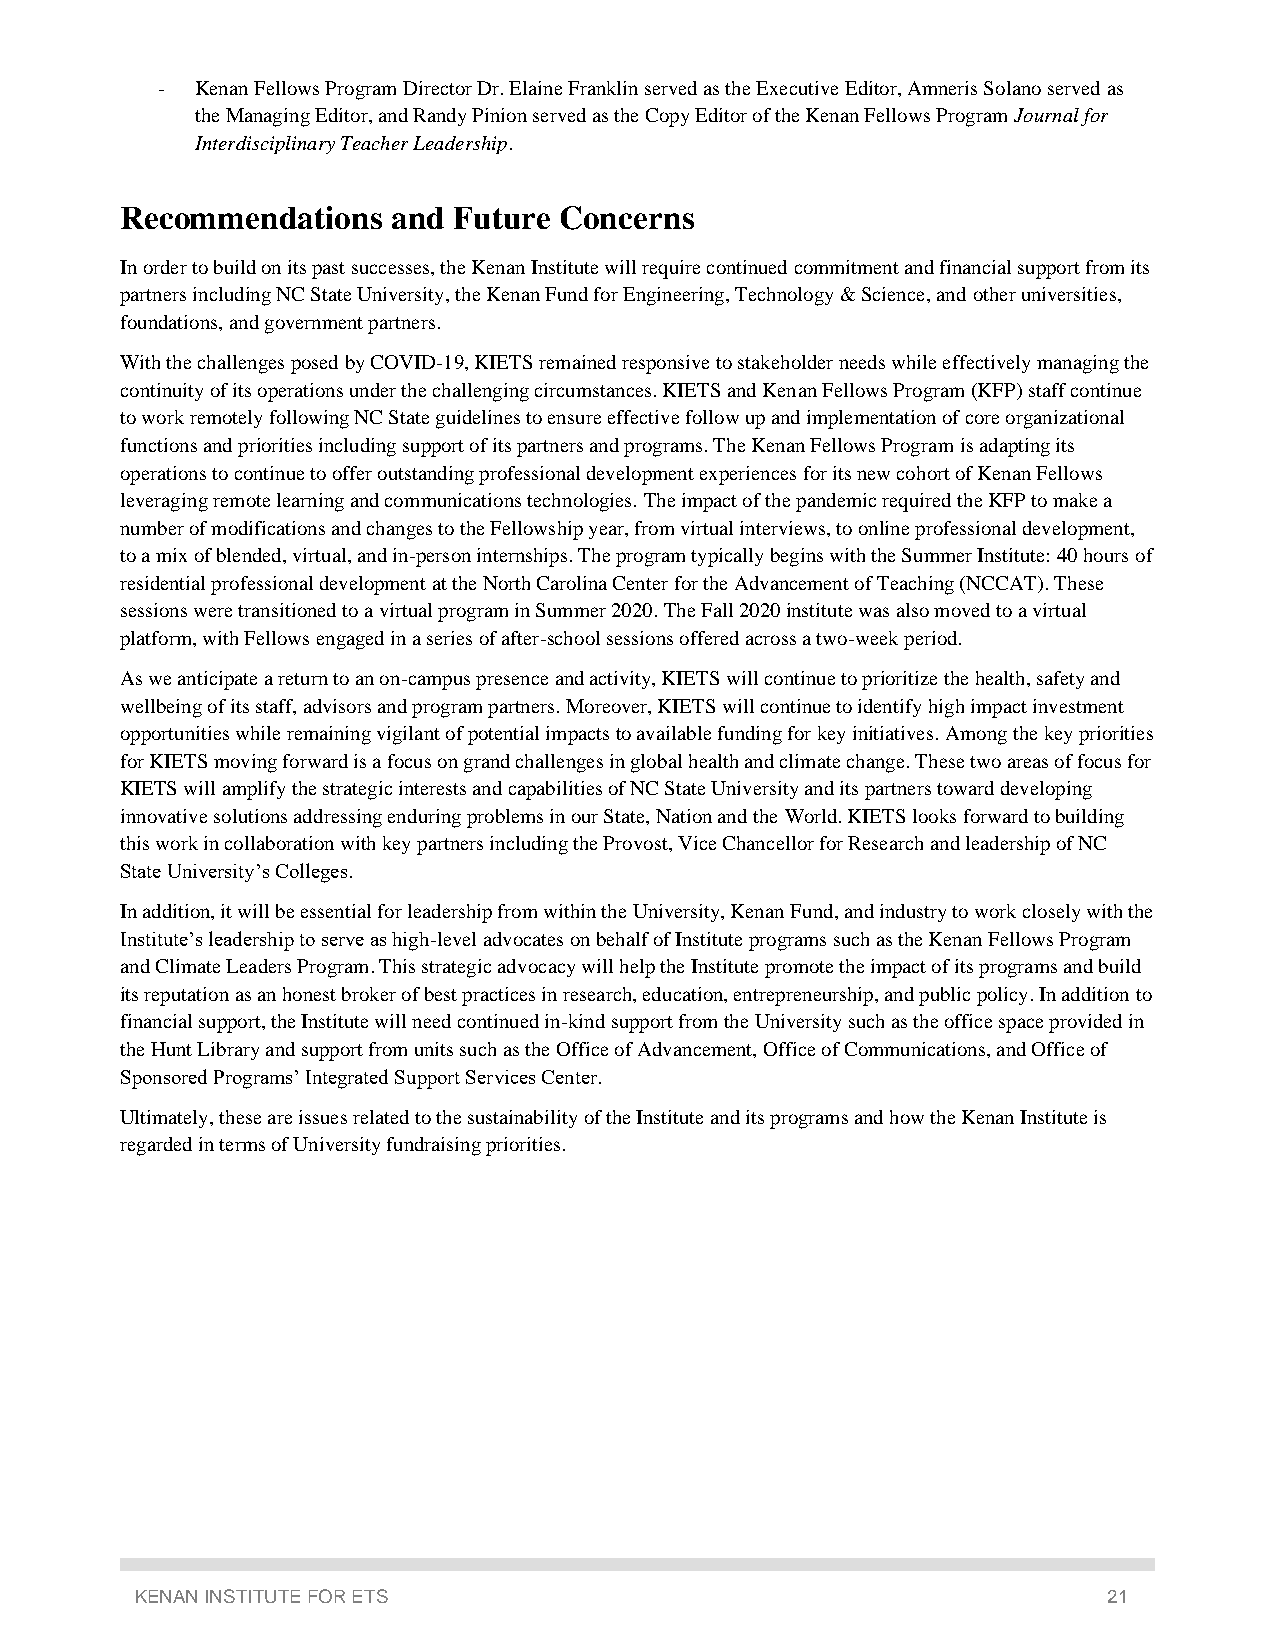
-  Kenan Fellows Program Director Dr. Elaine Franklin served as the Executive Editor, Amneris Solano served as
 the Managing Editor, and Randy Pinion served as the Copy Editor of the Kenan Fellows Program Journal for
 Interdisciplinary Teacher Leadership.
 Recommendations   and Future Concerns
 In order to build on its past successes, the Kenan Institute will require continued commitment and financial support from its
 partners including NC State University, the Kenan Fund for Engineering, Technology & Science, and other universities,
 foundations, and government partners.
 With the challenges posed by COVID-19, KIETS remained responsive to stakeholder needs while effectively managing the
 continuity of its operations under the challenging circumstances. KIETS and Kenan Fellows Program (KFP) staff continue
 to work remotely following NC State guidelines to ensure effective follow up and implementation of core organizational
 functions and priorities including support of its partners and programs. The Kenan Fellows Program is adapting its
 operations to continue to offer outstanding professional development experiences for its new cohort of Kenan Fellows
 leveraging remote learning and communications technologies. The impact of the pandemic required the KFP to make a
 number of modifications and changes to the Fellowship year, from virtual interviews, to online professional development,
 to a mix of blended, virtual, and in-person internships. The program typically begins with the Summer Institute: 40 hours of
 residential professional development at the North Carolina Center for the Advancement of Teaching (NCCAT). These
 sessions were transitioned to a virtual program in Summer 2020. The Fall 2020 institute was also moved to a virtual
 platform, with Fellows engaged in a series of after-school sessions offered across a two-week period.
 As we anticipate a return to an on-campus presence and activity, KIETS will continue to prioritize the health, safety and
 wellbeing of its staff, advisors and program partners. Moreover, KIETS will continue to identify high impact investment
 opportunities while remaining vigilant of potential impacts to available funding for key initiatives. Among the key priorities
 for KIETS moving forward is a focus on grand challenges in global health and climate change. These two areas of focus for
 KIETS will amplify the strategic interests and capabilities of NC State University and its partners toward developing
 innovative solutions addressing enduring problems in our State, Nation and the World. KIETS looks forward to building
 this work in collaboration with key partners including the Provost, Vice Chancellor for Research and leadership of NC
 State University’s Colleges.
 In addition, it will be essential for leadership from within the University, Kenan Fund, and industry to work closely with the
 Institute’s leadership to serve as high-level advocates on behalf of Institute programs such as the Kenan Fellows Program
 and Climate Leaders Program. This strategic advocacy will help the Institute promote the impact of its programs and build
 its reputation as an honest broker of best practices in research, education, entrepreneurship, and public policy. In addition to
 financial support, the Institute will need continued in-kind support from the University such as the office space provided in
 the Hunt Library and support from units such as the Office of Advancement, Office of Communications, and Office of
 Sponsored Programs’ Integrated Support Services Center.
 Ultimately, these are issues related to the sustainability of the Institute and its programs and how the Kenan Institute is
 regarded in terms of University fundraising priorities.
 KENAN INSTITUTE FOR ETS                                         21